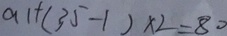
a _ { 1 } + ( 3 5 - 1 ) \times 2 = 8 0